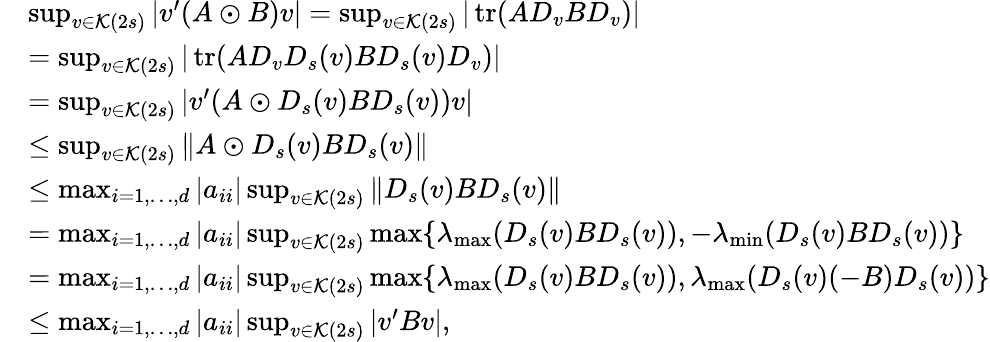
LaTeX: \begin{array}{rl}&{\operatorname*{sup}_{v\in\mathcal{K}(2s)}|v^{\prime}(A\odot B)v|=\operatorname*{sup}_{v\in\mathcal{K}(2s)}|\operatorname{tr}(AD_{v}BD_{v})|}\\ &{=\operatorname*{sup}_{v\in\mathcal{K}(2s)}|\operatorname{tr}(AD_{v}D_{s}(v)BD_{s}(v)D_{v})|}\\ &{=\operatorname*{sup}_{v\in\mathcal{K}(2s)}|v^{\prime}(A\odot D_{s}(v)BD_{s}(v))v|}\\ &{\leq\operatorname*{sup}_{v\in\mathcal{K}(2s)}\| A\odot D_{s}(v)BD_{s}(v)\| }\\ &{\leq\operatorname*{max}_{i=1,\dots,d}|a_{ii}|\operatorname*{sup}_{v\in\mathcal{K}(2s)}\| D_{s}(v)BD_{s}(v)\| }\\ &{=\operatorname*{max}_{i=1,\dots,d}|a_{ii}|\operatorname*{sup}_{v\in\mathcal{K}(2s)}\operatorname*{max}\{ \lambda_{\operatorname*{max}}(D_{s}(v)BD_{s}(v)),-\lambda_{\operatorname*{min}}(D_{s}(v)BD_{s}(v))\} }\\ &{=\operatorname*{max}_{i=1,\dots,d}|a_{ii}|\operatorname*{sup}_{v\in\mathcal{K}(2s)}\operatorname*{max}\{ \lambda_{\operatorname*{max}}(D_{s}(v)BD_{s}(v)),\lambda_{\operatorname*{max}}(D_{s}(v)(-B)D_{s}(v))\} }\\ &{\leq\operatorname*{max}_{i=1,\dots,d}|a_{ii}|\operatorname*{sup}_{v\in\mathcal{K}(2s)}|v^{\prime}Bv|,}\end{array}